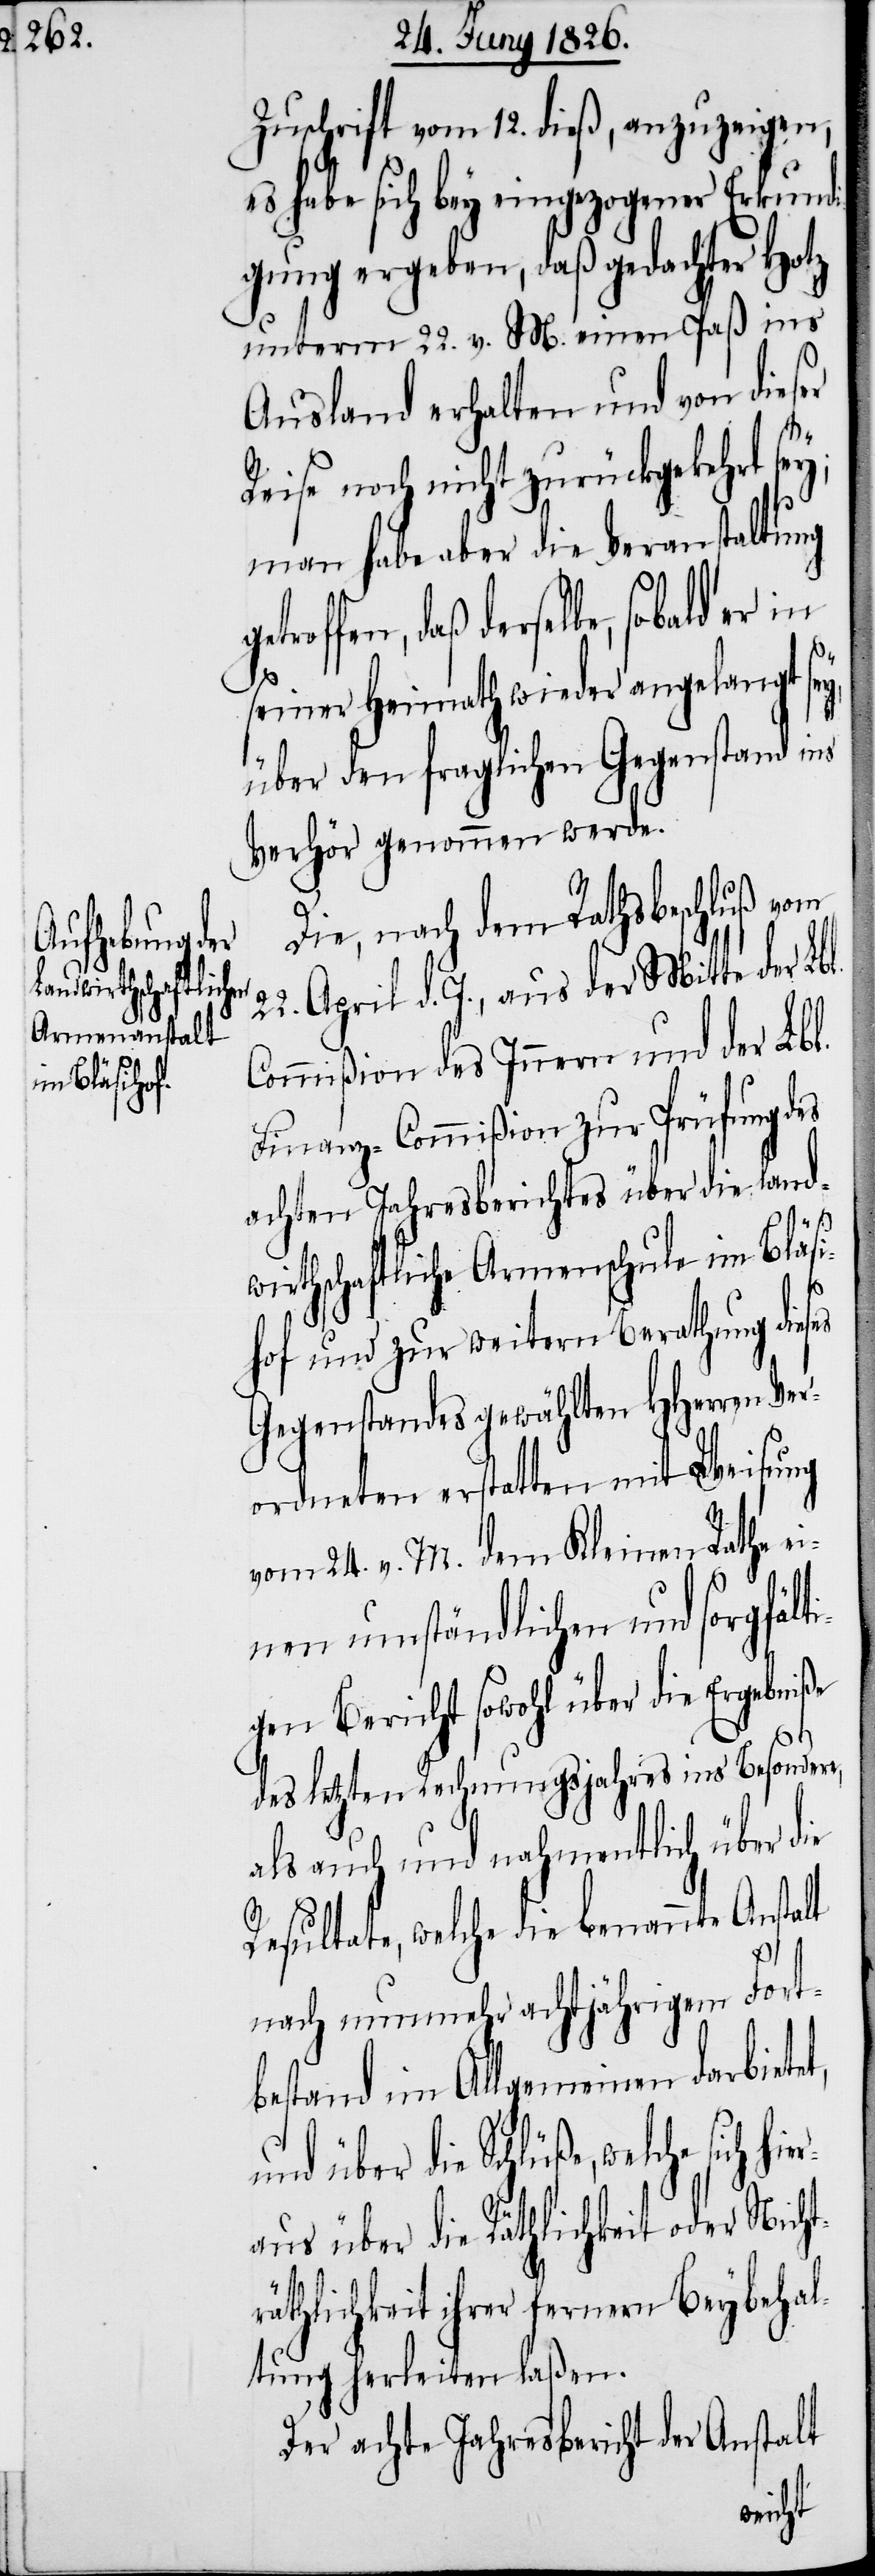
Zuschrift vom 12. dieß, anzuzeigen,
es habe sich bey eingezogener Erkund¬
igung ergeben, daß gedachter Hotz
unterm 22. v. M. einen Paß ins
Ausland erhalten und von dieser
Reise noch nicht zurückgekehrt sey;
man habe aber die Veranstaltung
roffen, daß derselbe, sobald er in
seiner Heimath wieder angelangt sey,
t,
über den fraglichen Gegenstand ins
Verhör genommen werde.
Die, nach dem Rathsbeschluß vom
22. April d. J., aus der Mitte der Lbl.
Commißion des Innern und der Lbl.
Finanz-Commißion zur Prüfung des
achten Jahresberichtes über die landw¬
irthschaftliche Armenschule im Bläsi¬
hof und zur weitern Berathung dieses
Gegenstandes gewählten HHerren Ver¬
ordneten erstatten mit Weisung
vom 24. v. M. dem Kleinen Rathe ei¬
nen umständlichen und sorgfält¬
igen Bericht sowohl über die Ergebniße
des letzten Rechnungsjahres ins Besondere,
als auch und nahmentlich über die
Resultate, welche die benannte Anst¬
alt
nach nunmehr achtjährigem Fort¬
bestand im Allgemeinen darbiete¬
welche sich hier¬
aus über die Räthlichkeit oder Nicht¬
rähtlichkeit ihrer fernern Beybehal¬
tung herleiten laßen.
Der achte Jahresbericht der Anstalt